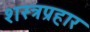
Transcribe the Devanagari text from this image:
शस्त्रप्रहार